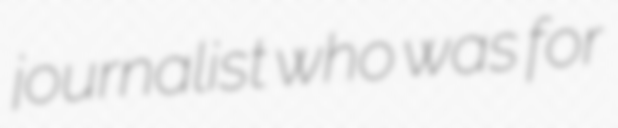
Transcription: journalist who was for